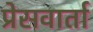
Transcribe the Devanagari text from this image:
प्रेसवार्ता